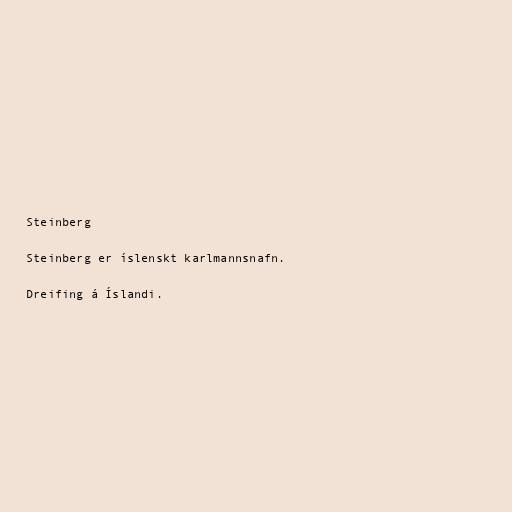
Steinberg

Steinberg er íslenskt karlmannsnafn.

Dreifing á Íslandi.